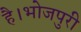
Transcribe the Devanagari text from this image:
है।भोजपुरी